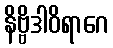
နိဗ္ဗိဒါဝိရာဂေ